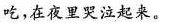
吃，在夜里哭泣起来。